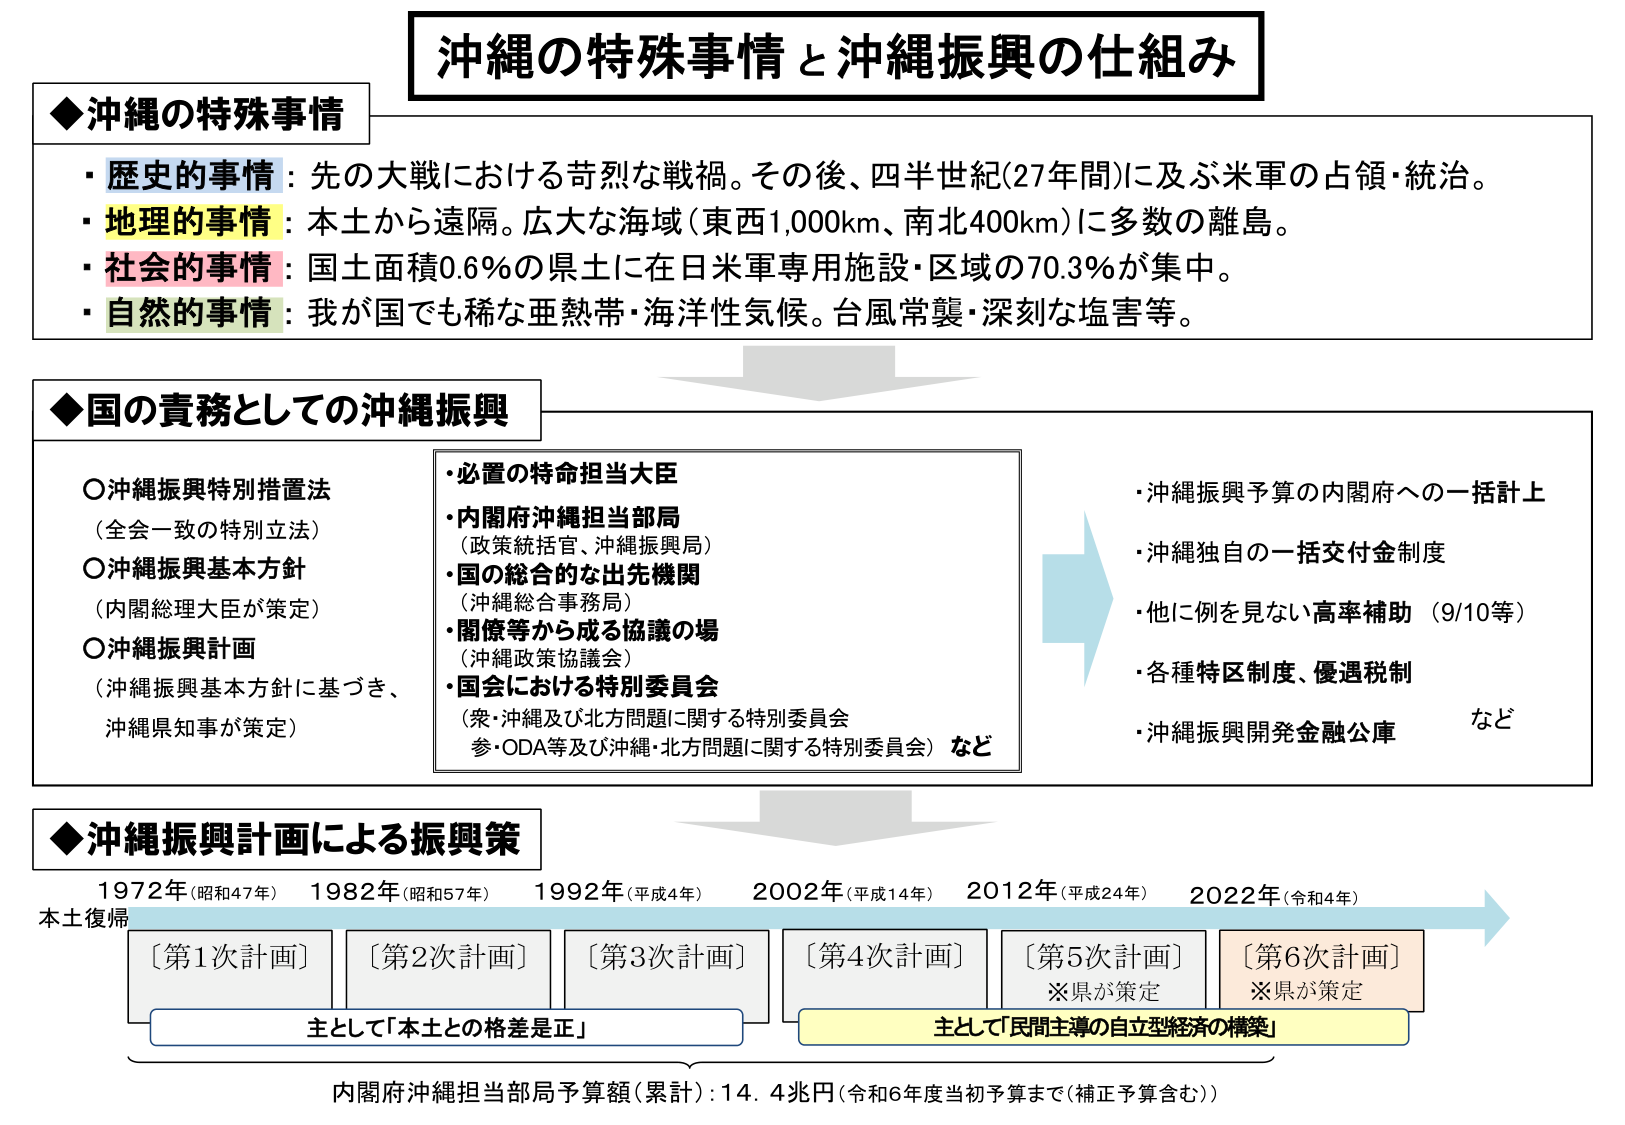
沖縄の特殊事情と沖縄振興の仕組み

◆沖縄の特殊事情
・歴史的事情：先の大戦における苛烈な戦禍。その後、四半世紀（27年間）に及ぶ米軍の占領・統治。
・地理的事情：本土から遠隔。広大な海域（東西1,000km、南北400km）に多数の離島。
・社会的事情：国土面積0.6％の県土に在日米軍専用施設・区域の70.3％が集中。
・自然的事情：我が国でも稀な亜熱帯・海洋性気候。台風常襲・深刻な塩害等。

◆国の責務としての沖縄振興
○沖縄振興特別措置法
（全会一致の特別立法）
○沖縄振興基本方針
（内閣総理大臣が策定）
○沖縄振興計画
（沖縄振興基本方針に基づき、
沖縄県知事が策定）

・必置の特命担当大臣
・内閣府沖縄担当部局
（政策統括官、沖縄振興局）
・国の総合的な出先機関
（沖縄総合事務局）
・閣僚等から成る協議の場
（沖縄政策協議会）
・国会における特別委員会
（衆・沖縄及び北方問題に関する特別委員会
参・ODA等及び沖縄・北方問題に関する特別委員会）など

・沖縄振興予算の内閣府への一括計上
・沖縄独自の一括交付金制度
・他に例を見ない高率補助（9/10等）
・各種特区制度、優遇税制
・沖縄振興開発金融公庫 など

◆沖縄振興計画による振興策
1972年（昭和47年） 1982年（昭和57年） 1992年（平成4年） 2002年（平成14年） 2012年（平成24年） 2022年（令和4年）
本土復帰
〔第1次計画〕 〔第2次計画〕 〔第3次計画〕 〔第4次計画〕 〔第5次計画〕 〔第6次計画〕
※県が策定 ※県が策定
主として「本土との格差是正」
主として「民間主導の自立型経済の構築」

内閣府沖縄担当部局予算額（累計）：14.4兆円（令和6年度当初予算まで（補正予算含む））